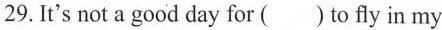
29. It's not a good day for ( )to fly in my